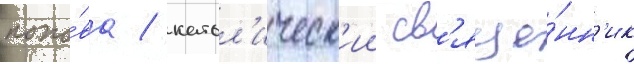
попо́ва / катол'ическ'ии св'яще́нн'ик